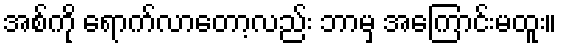
အစ်ကို ရောက်လာတော့လည်း ဘာမှ အကြောင်းမထူး။